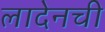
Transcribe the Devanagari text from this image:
लादेनची